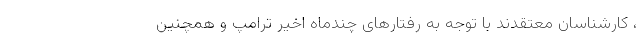
، کارشناسان معتقدند با توجه به رفتارهای چندماه اخیر ترامپ و همچنین